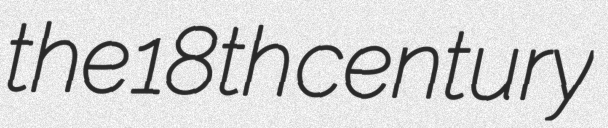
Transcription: the 18th century